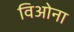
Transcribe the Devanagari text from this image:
विओना